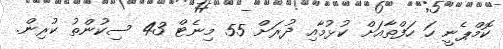
ކޮމްޕެނީ ހަ ހަފްތާއަށް ކުޅުމާއި ދުރަށް 55 މިނެޓް 43 ސިކުންތު ކުރިން.